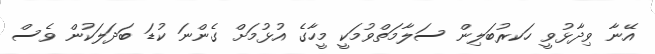
އޭނާ ވިދާޅުވީ ހަކރުބަލިން ސަލާމަތްވުމަކީ މީހާގެ އުޅުމަށް ގެންނަ ކުޑަ ބަދަލަކުން ވެސް